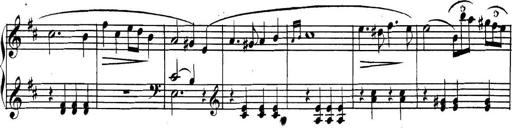
Title: Collected Piano Sonatas
Composer: Muzio Clementi